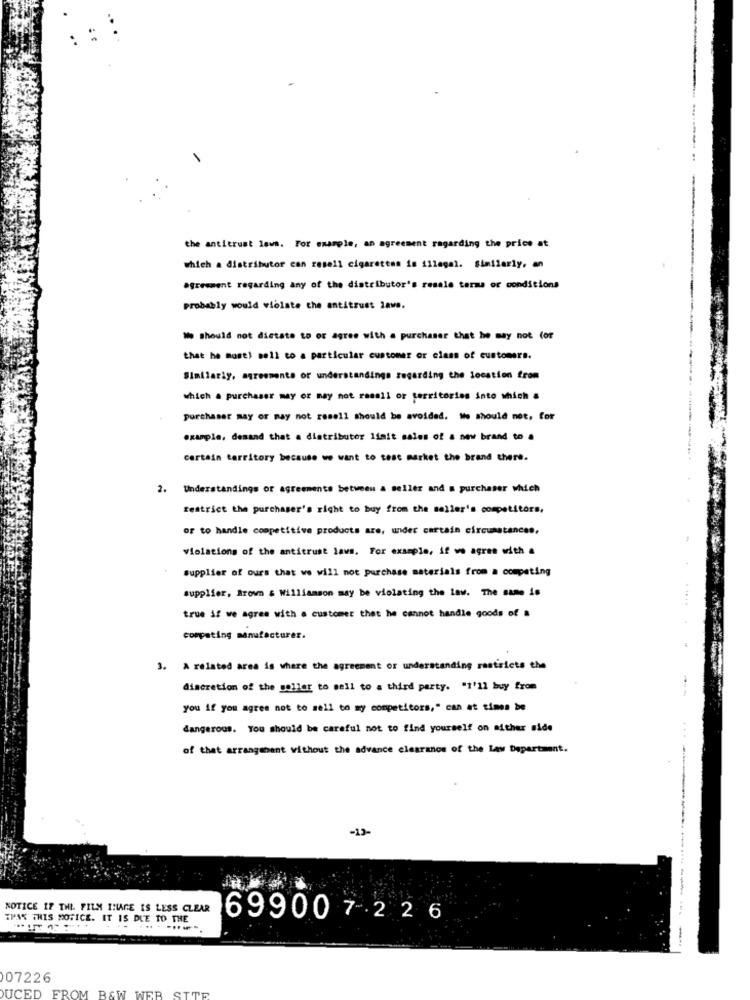
the antitrust laws. For example, an agreement regarding the price at
which a distributor can resell cigarettes is illegal. Similarly, an
agreement regarding any of the distributor's resale terms or conditions
probably would violate che antitrust laws.
We Should not dictate to of agree with a purchaser that he may not (or
that he mosel sell to a particular customer or class of customers.
Similarly, agreements or understandings regarding the location from
which a purchaser may or may not rasall or territories into which =
purchaser may or may not rosell should be avoided. We should not, for
example, desand that a distributor Ifait sales of a new brand to .
certain territory because we want to test market the brand there.
2.
Understandings or agreements between a seller and @ purchaser which
restrict the purchaser's right to buy from the seller's competitors,
or to handle competitive products are, under certain circumstances,
violations of the antitrust lavs. For example, if we agree with a
supplier of ours that we will not purchase materials from a competing
supplier, Brown & Williamson may be violating the law. The same is
.. ..
true if we agree with a customer that he cannot handle goods of a
competing manufacturer.
3. A related area is where the agreement or understanding restricts the
discretion of the goller to sell to a third party. "1'11 buy from
you if you agree not to mell to my competitors," can at times be
dangerous. You should be careful not to find yourself on either side
of that arrangement without the advance clearance of the Law Department.
-13-
NOTICE IF THI FILM IMAGE IS LESS CLEAR
ZPAS THIS NOTICE. IT IS DUE TO THE
699007226
------.
---
07226
DUCED FROM B&W WEB SITE